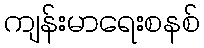
ကျန်းမာရေးစနစ်